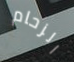
الزحام